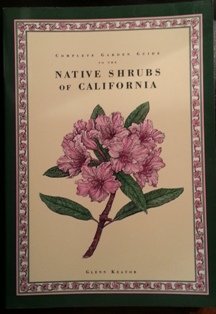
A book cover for Complete Garden Guide to the Native Shrubs of California; Glenn Keator; Travel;